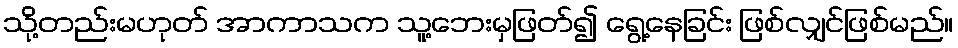
သို့တည်းမဟုတ် အာကာသက သူ့ဘေးမှဖြတ်၍ ရွေ့နေခြင်း ဖြစ်လျှင်ဖြစ်မည်။